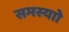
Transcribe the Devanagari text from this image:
समस्याो